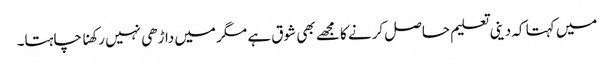
میں کہتا کہ دینی تعلیم حاصل کرنے کا مجھے بھی شوق ہے مگر میں داڑھی نہیں رکھنا چاہتا۔